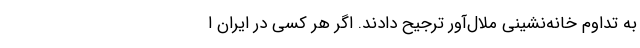
به تداومِ خانه‌نشینیِ ملال‌آور ترجیح دادند. اگر هر کسی در ایران ا